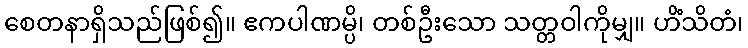
စေတနာရှိသည်ဖြစ်၍။ ဧကပါဏမ္ပိ၊ တစ်ဦးသော သတ္တဝါကိုမျှ။ ဟိံသိတံ၊